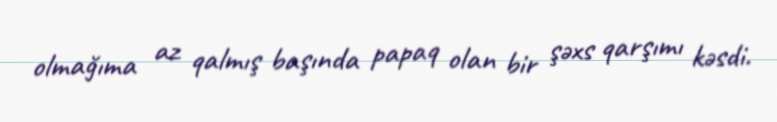
olmağıma az qalmış başında papaq olan bir şəxs qarşımı kəsdi.